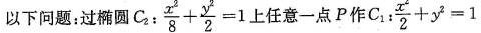
以下同题：过椭圆C_{2} $$C \frac { x ^ { 2 } } { 8 } + \frac { y ^ { 2 } } { 2 } = 1$$ 任意一点P作C_{1} : $$\frac { x ^ { 2 } } { 2 } + y ^ { 2 } = 1$$